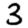
Digit: 3